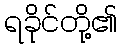
ရခိုင်တို့၏